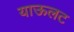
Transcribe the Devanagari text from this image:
याऊलट